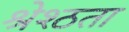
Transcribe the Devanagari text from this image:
श्रेश्ठता